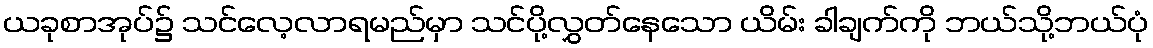
ယခုစာအုပ်၌ သင်လေ့လာရမည်မှာ သင်ပို့လွှတ်နေသော ယိမ်း ခါချက်ကို ဘယ်သို့ဘယ်ပုံ